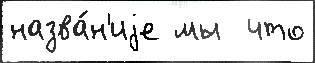
назва́н'иjе мы  что